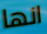
انها